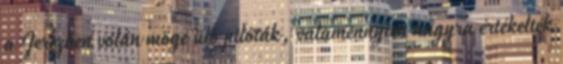
a Jerezben volán mögé ülő pilóták, valamennyien nagyra értékelték